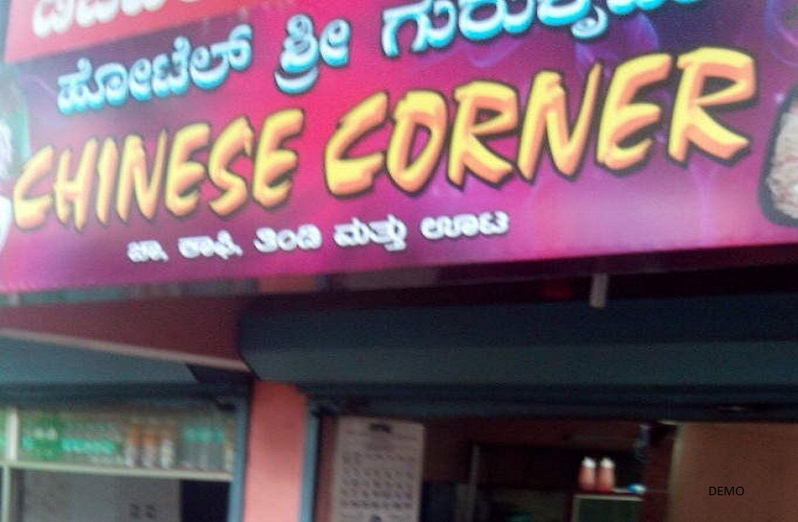
Language: kannada
Transcription: ಹೋಟೆಲ್ ಮತ್ತು ಊಟ ಶ್ರೀ